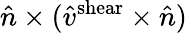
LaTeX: \hat{n}\times(\hat{v}^{\mathrm{shear}}\times\hat{n})